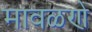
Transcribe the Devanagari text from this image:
मावळणे